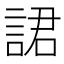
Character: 𧨡